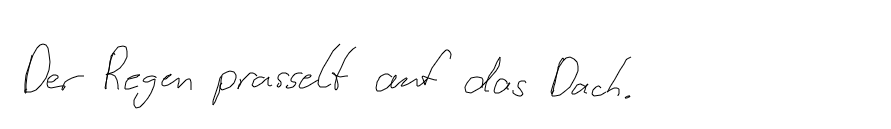
Der Regen prasselt auf das Dach.